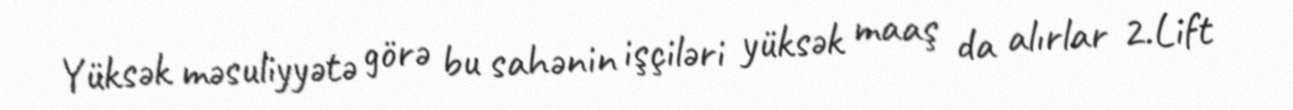
Yüksək məsuliyyətə görə bu sahənin işçiləri yüksək maaş da alırlar 2.Lift